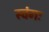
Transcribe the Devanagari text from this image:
स्वंगः